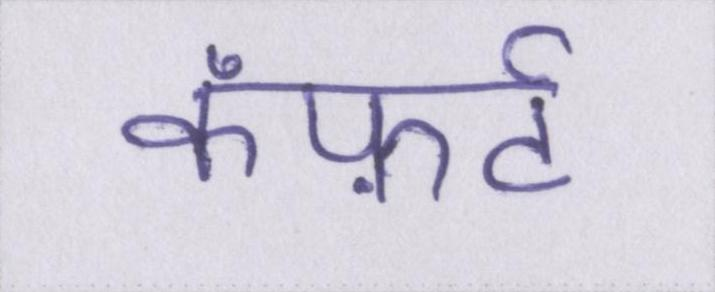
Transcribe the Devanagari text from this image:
कंफ़र्ट